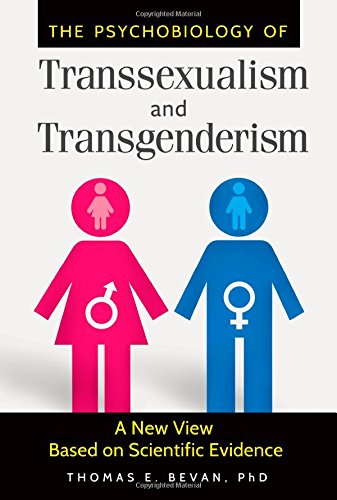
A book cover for The Psychobiology of Transsexualism and Transgenderism: A New View Based on Scientific Evidence; Thomas E. Bevan Ph.D.; Gay & Lesbian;